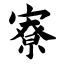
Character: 寮